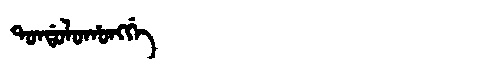
Manchu: ᡨᠣᠨᡩᠣᠯᠣᡥᠣᠩᡤᡝ
Romanization: TONDOLOHONGGE